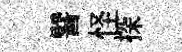
譬怪探